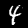
Digit: 4